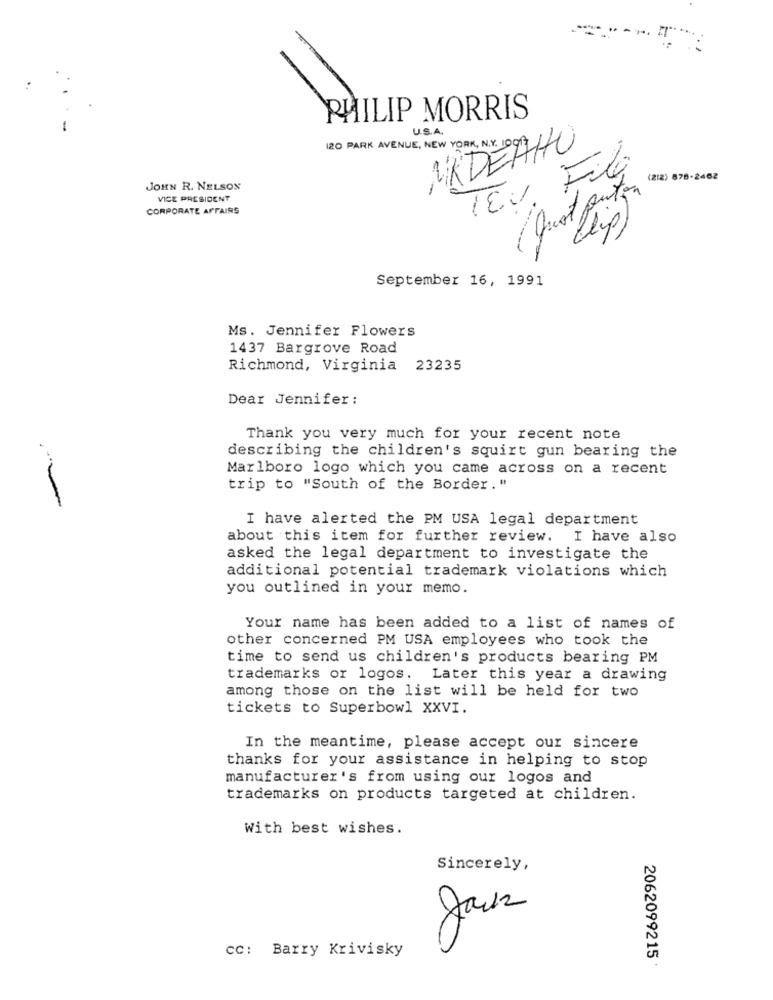
PHILIP MORRIS
U.S.A.
120 PARK AVENUE, NEW YORK, N.Y. 109
MADEAHO
Fil
(212) 878-2462
JOHN R. NELSON
VICE PRESIDENT
TEU
putin
CORPORATE AFFAIRS
(qual lip)
September 16, 1991
Ms. Jennifer Flowers
1437 Bargrove Road
Richmond, Virginia
23235
Dear Jennifer :
Thank you very much for your recent note
describing the children's squirt gun bearing the
Marlboro logo which you came across on a recent
trip to "South of the Border. "
I have alerted the PM USA legal department
about this item for further review. I have also
asked the legal department to investigate the
additional potential trademark violations which
you outlined in your memo.
Your name has been added to a list of names of
other concerned PM USA employees who took the
time to send us children's products bearing PM
trademarks or logos. Later this year a drawing
among those on the list will be held for two
tickets to Superbowl XXVI.
In the meantime, please accept our sincere
thanks for your assistance in helping to stop
manufacturer's from using our logos and
trademarks on products targeted at children.
With best wishes.
Sincerely,
CC: Barry Krivisky
2062099215